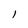
Character: l